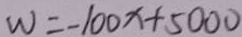
W = - 1 0 0 x + 5 0 0 0